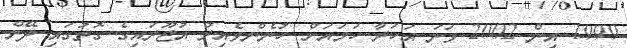
1999 އިން 2002 ވަނަ އަހަރާ ހަމައަށް ހުނެންވެއިރު އުޖޫރައިގެ ގޮތުގައި ދޭން